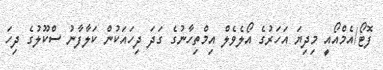
ފޮޓޯ/އެމްއޯއީ މިދިޔަ އަހަރުގެ އޯލެވެލް އިމްތިހާނުގެ ގަދަ ދިހައަކުން ކަލާފާނު ސްކޫލުގެ ދިހަ